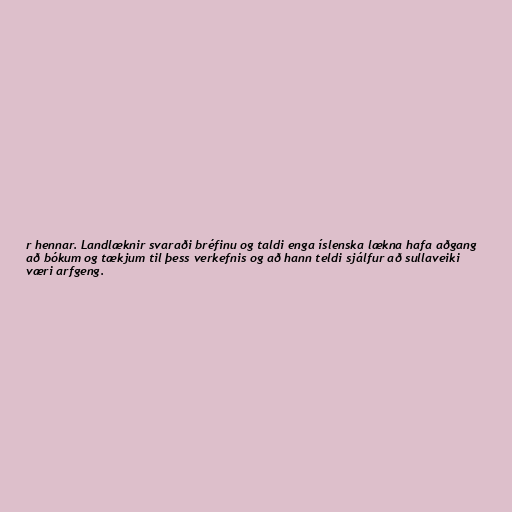
r hennar. Landlæknir svaraði bréfinu og taldi enga íslenska lækna hafa aðgang
að bókum og tækjum til þess verkefnis og að hann teldi sjálfur að sullaveiki
væri arfgeng.